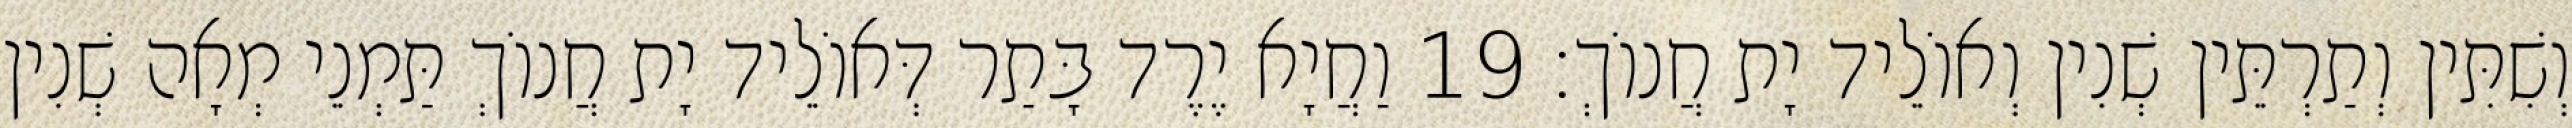
וְשִׁתִּין וְתַרְתֵּין שְׁנִין וְאוֹלֵיד יָת חֲנוֹךְ׃ 19 וַחֲיָא יֶרֶד בָּתַר דְּאוֹלֵיד יָת חֲנוֹךְ תַּמְנֵי מְאָה שְׁנִין